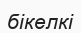
бікелкі